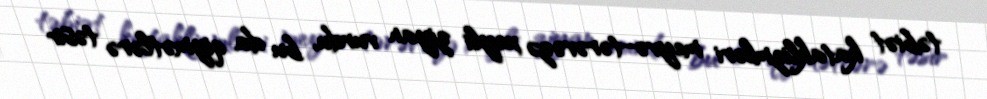
təbiət kataklizmləri meyvə-tərəvəzə xeyli ziyan vurdu, bu da qiymətlərə təsir